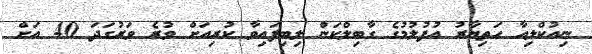
ނިއުކްލިއާ ހަތިޔާރު އުފުލުމުގެ ގާބިލްކަން ލިބިފައިވާ ކުރިއަށް ވުރެ ވަރުގަދަ 40 އަށް